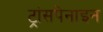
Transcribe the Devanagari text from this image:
ट्रांसपेनाइन